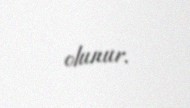
olunur.